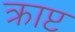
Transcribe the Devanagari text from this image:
क्राप्ट